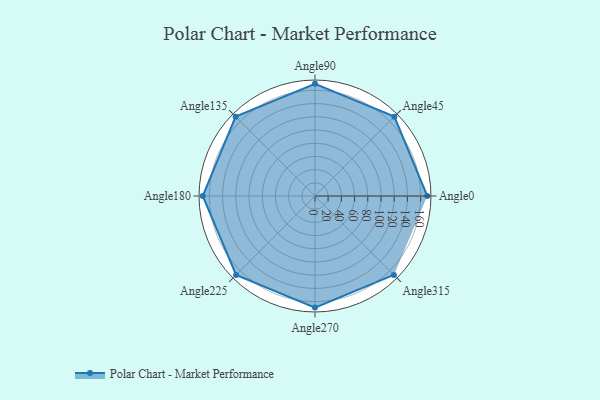
{"axis": {"x": "Angle", "y": "Radius"}, "legend": [""], "data": [{"x": "Angle0", "y": 170, "type": ""}, {"x": "Angle45", "y": 170, "type": ""}, {"x": "Angle90", "y": 170, "type": ""}, {"x": "Angle135", "y": 170, "type": ""}, {"x": "Angle180", "y": 170, "type": ""}, {"x": "Angle225", "y": 169.0, "type": ""}, {"x": "Angle270", "y": 169.0, "type": ""}, {"x": "Angle315", "y": 169.0, "type": ""}]}